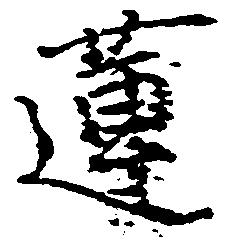
蓮